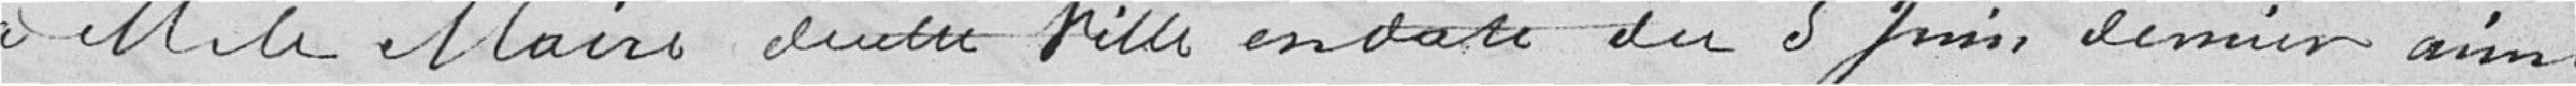
à M. le MAIRE de cette ville en date du 3 juin dernier ainsi